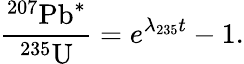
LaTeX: {\frac{^{\mathrm{207}}\, \! {\mathrm{Pb}}^{*}}{^{\mathrm{235}}\, \! {\mathrm{U}}}}=e^{\lambda_{235}t}-1.